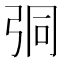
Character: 𢏕